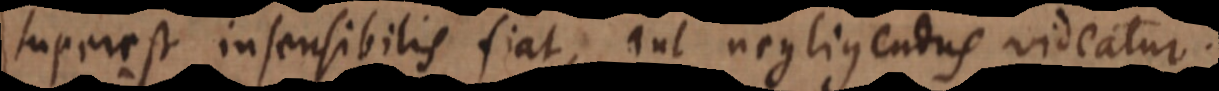
superest insensibilis fiat, aut negligendus videatur.